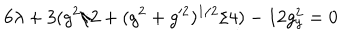
LaTeX: 6 \lambda + 3 ( g ^ { 2 } / 2 + ( g ^ { 2 } + g ^ { \prime 2 } ) ^ { 1 / 2 } / 4 ) - 1 2 g _ { y } ^ { 2 } = 0